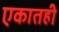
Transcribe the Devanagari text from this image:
एकातही